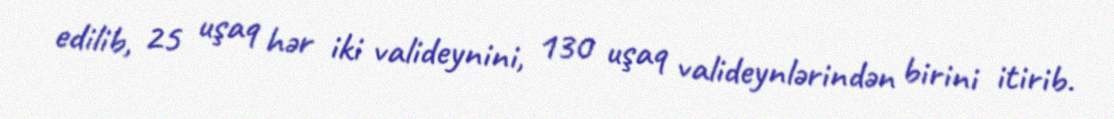
edilib, 25 uşaq hər iki valideynini, 130 uşaq valideynlərindən birini itirib.